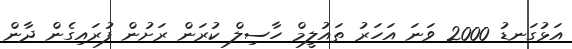
އަޅުގަނޑު 2000 ވަނަ އަހަރު ތައުލީމް ހާސިލް ކުރަން ރަށުން ފުރައިގެން ދާން